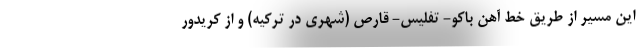
این مسیر از طریق خط آهن باکو- تفلیس- قارص (شهری در ترکیه) و از کریدور